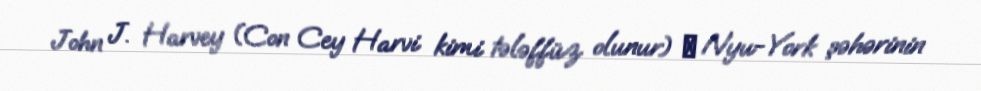
John J. Harvey (Con Cey Harvi kimi tələffüz olunur) ― Nyu-York şəhərinin